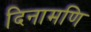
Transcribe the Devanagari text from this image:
दिनामणि